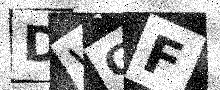
Text: DWGF